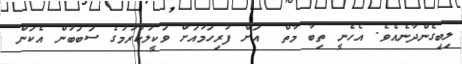
ލިބިގެންދާނެއެވެ. އެހެނީ ތިބާ މާތް  އަށް ފުރިހަމައަށް ވަކީލުކުރުމުގެ ސަބަބުން އެކަން